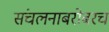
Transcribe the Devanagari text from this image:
संचलनाबरोबरच